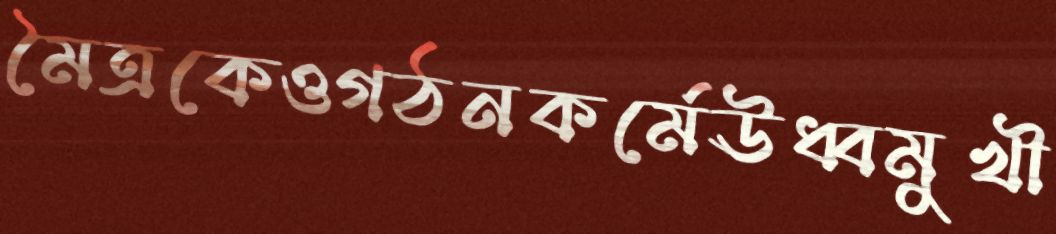
মৈত্রকেওগঠনকর্মেঊধ্বমুখী